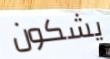
يشكون